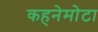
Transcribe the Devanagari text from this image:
कहनेमोटा